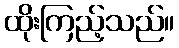
ထိုးကြည့်သည်။